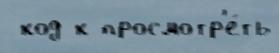
 код к просмотр'е́ть